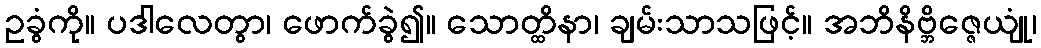
ဥခွံကို။ ပဒါလေတွာ၊ ဖောက်ခွဲ၍။ သောတ္ထိနာ၊ ချမ်းသာသဖြင့်။ အဘိနိဗ္ဘိဇ္ဇေယျုံ၊